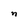
Character: n